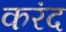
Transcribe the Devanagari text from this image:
करंद